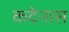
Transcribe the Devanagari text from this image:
कदेनास